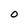
Character: 0